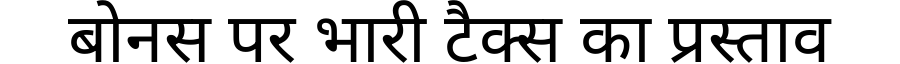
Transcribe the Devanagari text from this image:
बोनस पर भारी टैक्स का प्रस्ताव